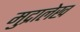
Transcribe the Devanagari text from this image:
मुद्रालेख